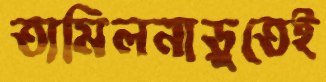
তামিলনাড়ুতেই